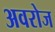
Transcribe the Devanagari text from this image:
अवरोज